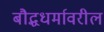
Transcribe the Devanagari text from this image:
बौद्धधर्मावरील